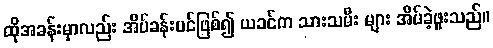
ထိုအခန်းမှာလည်း အိပ်ခန်းပင်ဖြစ်၍ ယခင်က သားသမီး များ အိပ်ခဲ့ဖူးသည်။